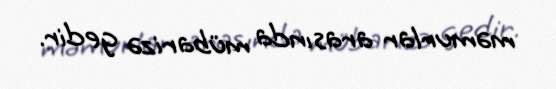
məmurlar arasında mübarizə gedir.